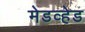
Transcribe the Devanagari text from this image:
मेडव्हेड